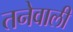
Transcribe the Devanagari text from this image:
तनेवाली